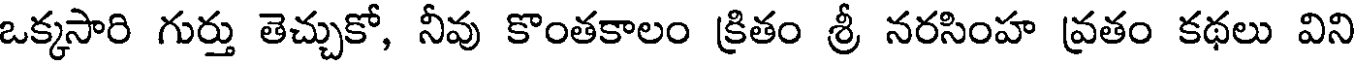
ఒక్కసారి గుర్తు తెచ్చుకో, నీవు కొంతకాలం క్రితం శ్రీ నరసింహ వ్రతం కథలు విని